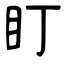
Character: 盯